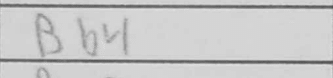
Transcription: Bb4